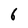
Character: 6